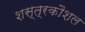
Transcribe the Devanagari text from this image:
शस्त्रकौशल